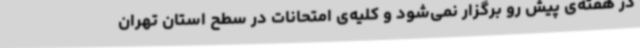
در هفته‌ی پیش رو برگزار نمی‌شود و کلیه‌ی امتحانات در سطح استان تهران